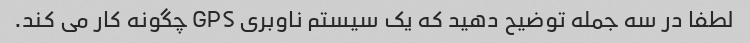
لطفا در سه جمله توضیح دهید که یک سیستم ناوبری GPS چگونه کار می کند.